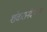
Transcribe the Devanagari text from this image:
शंकरानंदनाथा